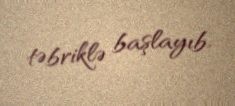
təbriklə başlayıb.